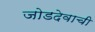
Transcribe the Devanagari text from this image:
जोडदेवाची